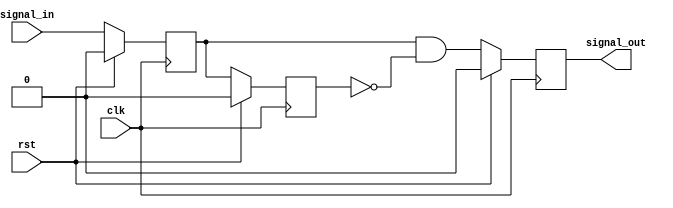
// This program was cloned from: https://github.com/Nitcloud/Digital-IDE
// License: GNU General Public License v3.0

// ***************************************************************************
// ***************************************************************************
// Copyright 2014 - 2017 (c) Analog Devices, Inc. All rights reserved.
//
// In this HDL repository, there are many different and unique modules, consisting
// of various HDL (Verilog or VHDL) components. The individual modules are
// developed independently, and may be accompanied by separate and unique license
// terms.
//
// The user should read each of these license terms, and understand the
// freedoms and responsibilities that he or she has by using this source/core.
//
// This core is distributed in the hope that it will be useful, but WITHOUT ANY
// WARRANTY; without even the implied warranty of MERCHANTABILITY or FITNESS FOR
// A PARTICULAR PURPOSE.
//
// Redistribution and use of source or resulting binaries, with or without modification
// of this file, are permitted under one of the following two license terms:
//
//   1. The GNU General Public License version 2 as published by the
//      Free Software Foundation, which can be found in the top level directory
//      of this repository (LICENSE_GPL2), and also online at:
//      <https://www.gnu.org/licenses/old-licenses/gpl-2.0.html>
//
// OR
//
//   2. An ADI specific BSD license, which can be found in the top level directory
//      of this repository (LICENSE_ADIBSD), and also on-line at:
//      https://github.com/analogdevicesinc/hdl/blob/master/LICENSE_ADIBSD
//      This will allow to generate bit files and not release the source code,
//      as long as it attaches to an ADI device.
//
// ***************************************************************************
// ***************************************************************************

// A simple edge detector circuit

`timescale 1ns/100ps

module ad_edge_detect #(

  parameter   EDGE = 0) (

  input                   clk,
  input                   rst,

  input                   signal_in,
  output  reg             signal_out);


  localparam  POS_EDGE = 0;
  localparam  NEG_EDGE = 1;
  localparam  ANY_EDGE = 2;

  reg         ff_m1 = 0;
  reg         ff_m2 = 0;

  always @(posedge clk) begin
    if (rst == 1) begin
      ff_m1 <= 0;
      ff_m2 <= 0;
    end else begin
      ff_m1 <= signal_in;
      ff_m2 <= ff_m1;
    end
  end

  always @(posedge clk) begin
    if (rst == 1) begin
      signal_out <= 1'b0;
    end else begin
      if (EDGE == POS_EDGE) begin
        signal_out <= ff_m1 & ~ff_m2;
      end else if (EDGE == NEG_EDGE) begin
        signal_out <= ~ff_m1 & ff_m2;
      end else begin
        signal_out <= ff_m1 ^ ff_m2;
      end
    end
  end

endmodule